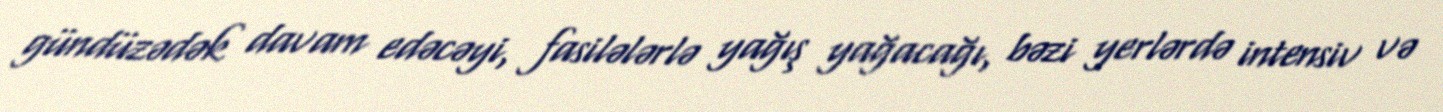
gündüzədək davam edəcəyi, fasilələrlə yağış yağacağı, bəzi yerlərdə intensiv və